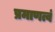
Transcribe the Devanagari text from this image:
प्रमाणत्वं